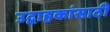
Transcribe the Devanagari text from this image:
उद्वाहकांसाठी